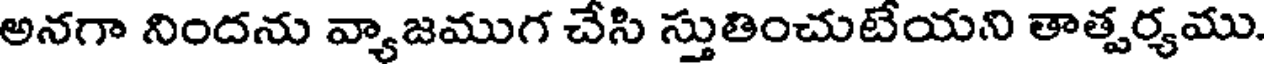
అనగా నిందను వ్యాజముగ చేసి స్తుతించుటేయని తాత్పర్యము